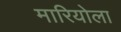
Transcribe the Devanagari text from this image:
मारियोला